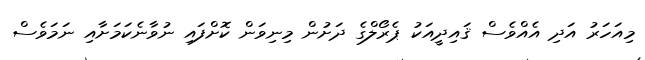
މިއަހަރު އަދި އެއްވެސް ޤައިދީއަކު ޕެރޯލްގެ ދަށުން މިނިވަން ކޮށްފައި ނުވާނެކަމަށާއި ނަމަވެސް